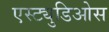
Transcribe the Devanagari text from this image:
एस्ट्युडिओस